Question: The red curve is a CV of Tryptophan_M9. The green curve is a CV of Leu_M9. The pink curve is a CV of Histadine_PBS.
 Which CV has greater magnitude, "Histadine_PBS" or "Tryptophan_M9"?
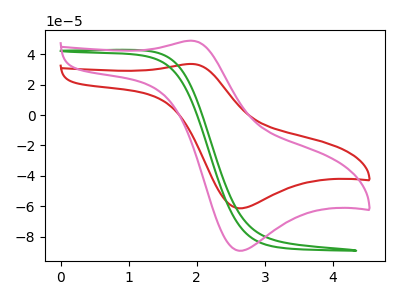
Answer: <think>The red curve "Tryptophan_M9" has an anodic peak at (1.90V, 33.55uA) and a cathodic peak at (2.60V, -61.25uA). The green curve "Leu_M9" has no peaks. The pink curve "Histadine_PBS" has an anodic peak at (1.90V, 48.85uA) and a cathodic peak at (2.60V, -89.10uA).
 All the peaks in "Histadine_PBS" have a peak in "Tryptophan_M9" at the same potential. Every peak in "Histadine_PBS" is higher than every peak in "Tryptophan_M9".</think>
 <answer>"Histadine_PBS" has more signal than "Tryptophan_M9".</answer>
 <eval>more_signal</eval>